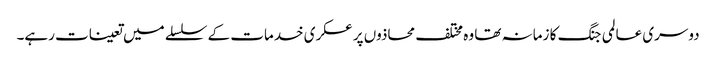
دوسری عالمی جنگ کا زمانہ تھا وہ مختلف محاذوں پر عسکری خدمات کے سلسلے میں تعینات رہے۔